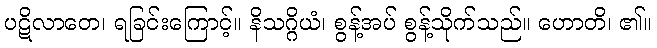
ပဋိလာတေ၊ ရခြင်းကြောင့်။ နိသဂ္ဂိယံ၊ စွန့်အပ် စွန့်သိုက်သည်။ ဟောတိ၊ ၏။